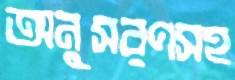
অনুসরণসহ